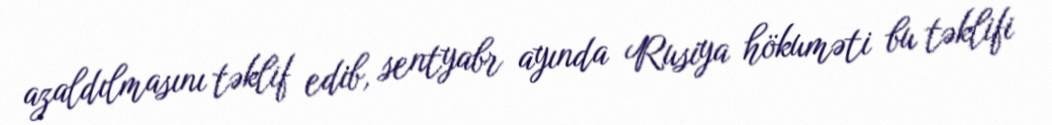
azaldılmasını təklif edib, sentyabr ayında Rusiya hökuməti bu təklifi